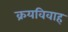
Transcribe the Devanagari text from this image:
क्रयविवाह